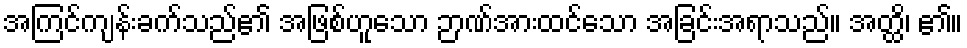
အကြင်ကျန်းခက်သည်၏ အဖြစ်ဟူသော ဉာဏ်အားထင်သော အခြင်းအရာသည်။ အတ္ထိ၊ ၏။